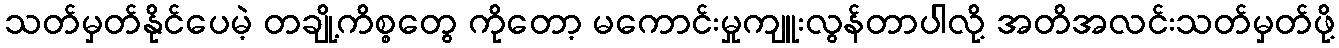
သတ်မှတ်နိုင်ပေမဲ့ တချို့ကိစ္စတွေ ကိုတော့ မကောင်းမှုကျူးလွန်တာပါလို့ အတိအလင်းသတ်မှတ်ဖို့